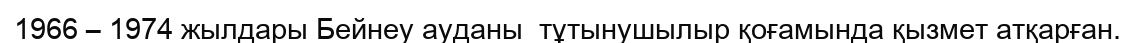
1966 – 1974 жылдары Бейнеу ауданы  тұтынушылыр қоғамында қызмет атқарған.